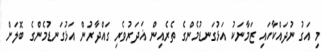
މި އަގު ނުދައްކާހައި ޒަމާނަކު އަޅުގަނޑުމެންގެ ތެރެއިން ޣަދަރުވެރި ގައްދާރުން އަޅުގަނޑުމެންގެ ބޮލަށް